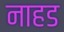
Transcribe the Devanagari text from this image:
नाहड